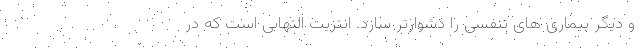
و دیگر بیماری های تنفسی را دشوارتر سازد. انتزیت التهابی است که در